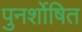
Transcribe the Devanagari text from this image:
पुनर्शोषित